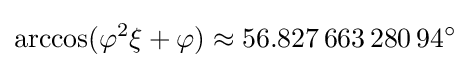
\arccos(\varphi ^{2}\xi +\varphi )\approx 56.827\,663\,280\,94^{\circ }